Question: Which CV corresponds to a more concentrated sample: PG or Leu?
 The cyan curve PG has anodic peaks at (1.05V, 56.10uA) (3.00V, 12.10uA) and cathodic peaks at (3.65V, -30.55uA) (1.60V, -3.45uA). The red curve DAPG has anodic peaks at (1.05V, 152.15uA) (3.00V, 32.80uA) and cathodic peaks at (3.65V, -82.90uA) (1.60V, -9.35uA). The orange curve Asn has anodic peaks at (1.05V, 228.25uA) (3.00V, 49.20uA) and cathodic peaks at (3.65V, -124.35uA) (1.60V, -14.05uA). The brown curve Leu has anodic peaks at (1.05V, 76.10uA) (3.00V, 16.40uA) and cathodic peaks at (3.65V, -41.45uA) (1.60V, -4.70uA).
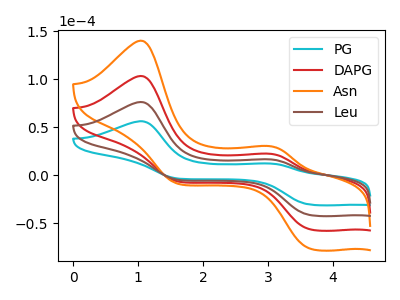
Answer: <think>All the peaks in "PG" have a peak in "Leu" at the same potential. Every peak in "PG" is lower than every peak in "Leu".
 </think>
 <answer>"PG" has less signal than "Leu" and so likely has a lower concentration.</answer>
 <eval>less_concentration</eval>